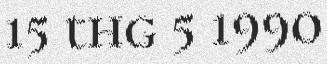
15 thg 5 1990